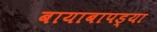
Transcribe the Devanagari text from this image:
बायाबापड्या